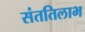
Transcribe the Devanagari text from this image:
संततिलाभ